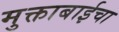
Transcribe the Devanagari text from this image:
मुक्ताबाईचा